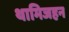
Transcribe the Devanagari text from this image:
थामिजहन